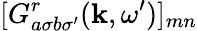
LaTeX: [G_{a\sigma b\sigma^{\prime}}^{r}(\mathbf{k},\omega^{\prime})]_{mn}